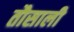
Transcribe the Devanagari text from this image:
तौसाली